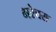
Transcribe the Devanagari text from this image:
भरेवस